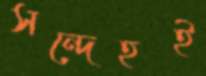
সন্দেহই